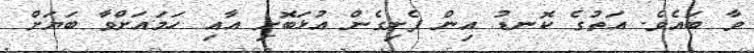
ވާ ބައެވެ. އަތުގެ ކޮނޑު އިން ފެށިގެން އުޅަބޮށި އާއި ހަމައަށްވާ ބަޔަށް